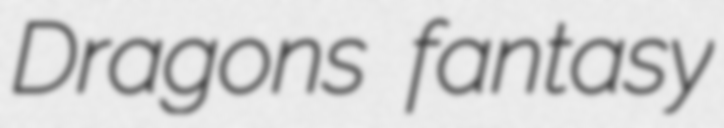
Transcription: Dragons fantasy